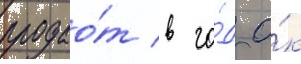
продао́т в го́д о́к